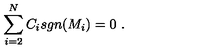
\sum _ { i = 2 } ^ { N } C _ { i } s g n ( M _ { i } ) = 0 \ .